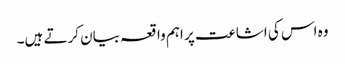
وہ اس کی اشاعت پر اہم واقعہ بیان کرتے ہیں۔